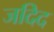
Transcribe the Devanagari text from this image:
जदिद